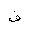
Letter: _fa